Madras plague regulations and rules - Volume 2
Disease focus: Plague
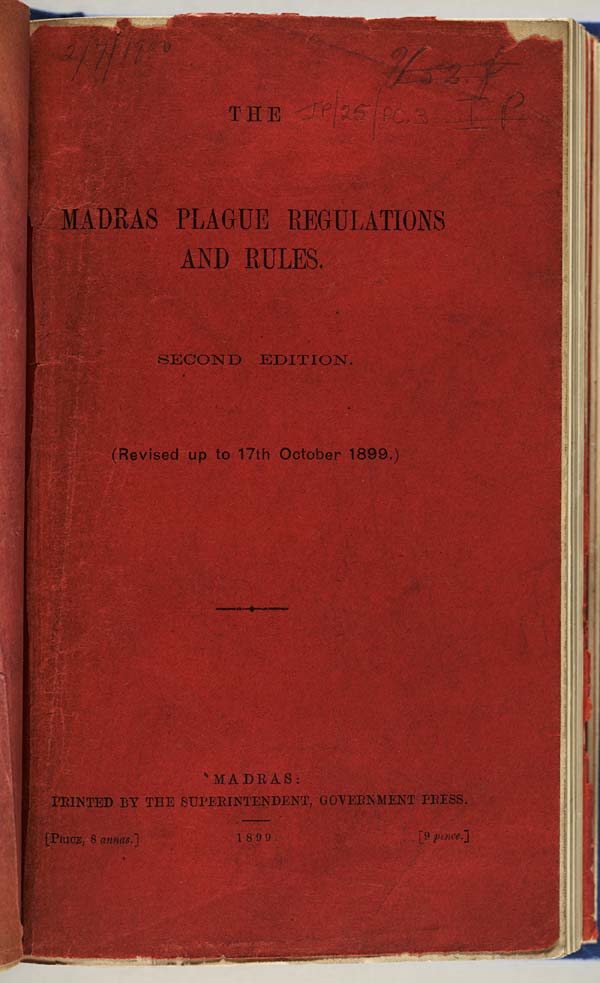
THE
MADRAS PLAGUE REGULATIONS
AND RULES.
SECOND EDITION.
(Revised up to 17th October 1899.)
MADRAS:
PRINTED BY THE SUPERINTENDENT, GOVERNMENT PRESS.
[PRICE, 8 annas.]
1899.
[9 pence.]